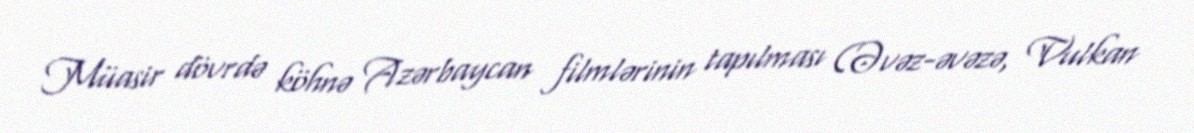
Müasir dövrdə köhnə Azərbaycan filmlərinin tapılması (Əvəz-əvəzə, Vulkan